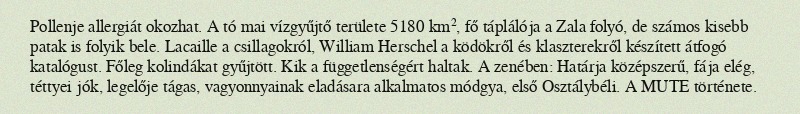
Pollenje allergiát okozhat. A tó mai vízgyűjtő területe 5180 km², fő táplálója a Zala folyó, de számos kisebb patak is folyik bele. Lacaille a csillagokról, William Herschel a ködökről és klaszterekről készített átfogó katalógust. Főleg kolindákat gyűjtött. Kik a függetlenségért haltak. A zenében: Határja középszerű, fája elég, téttyei jók, legelője tágas, vagyonnyainak eladásara alkalmatos módgya, első Osztálybéli. A MUTE története.